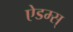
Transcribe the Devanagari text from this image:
ऐडम्स्‌